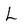
Character: L